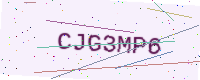
Text: CJG3MP6